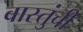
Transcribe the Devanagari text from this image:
वास्तुंची